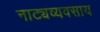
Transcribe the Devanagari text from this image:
नाट्यव्यवसाय